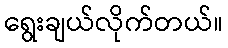
ရွေးချယ်လိုက်တယ်။